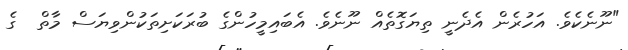
"ނޫނެކެވެ. އަހުރެން އެދެނީ ތިޔަގޮތެއް ނޫނެވެ. އެބައިމީހުންގެ ބުރަކަށިތަކުންވިޔަސް މާތް  ގެ